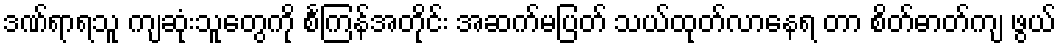
ဒဏ်ရာရသူ ကျဆုံးသူတွေကို စင်္ကြန်အတိုင်း အဆက်မပြတ် သယ်ထုတ်လာနေရ တာ စိတ်ဓာတ်ကျ ဖွယ်